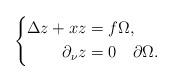
LaTeX: \begin{align*} \left\{ \begin{aligned} \Delta z + xz &= f\Omega,\\ \partial_\nu z &= 0\quad\partial\Omega. \end{aligned}\right.\end{align*}